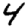
Digit: 4